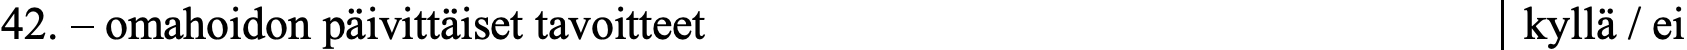
42. – omahoidon päivittäiset tavoitteet           kyllä / ei